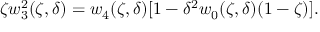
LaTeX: \zeta w _ { 3 } ^ { 2 } ( \zeta , \delta ) = w _ { 4 } ( \zeta , \delta ) [ 1 - \delta ^ { 2 } w _ { 0 } ( \zeta , \delta ) ( 1 - \zeta ) ] .